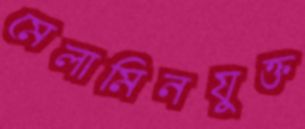
মেলামিনযুক্ত